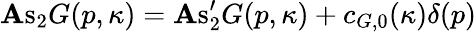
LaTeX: \mathrm{\mathbf As}_{2}G(p,\kappa)=\mathrm{\mathbf As}_{2}^{\prime}G(p,\kappa)+c_{G,0}(\kappa)\delta(p)